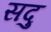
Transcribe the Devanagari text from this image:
सदु